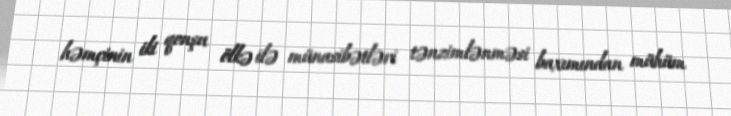
həmçinin iki qonşu ölkə ilə münasibətləri tənzimlənməsi baxımından mühüm